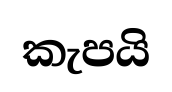
කැපයි